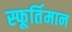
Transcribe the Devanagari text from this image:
स्फूर्तिमान